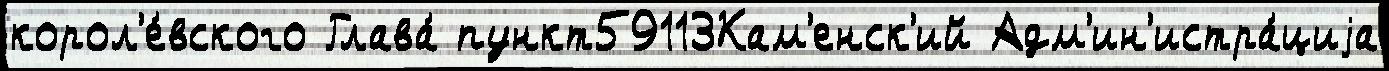
корол'е́вского Глава́ пункт59113Кам'енск'ий Адм'ин'истра́циjа